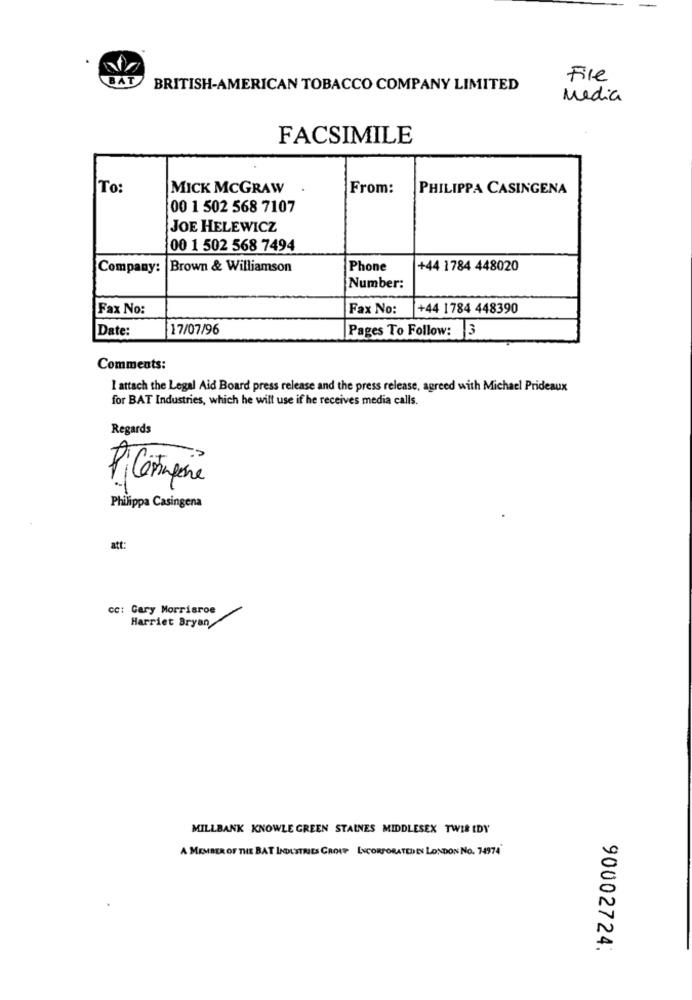
BAT
File
BRITISH-AMERICAN TOBACCO COMPANY LIMITED
Media
FACSIMILE
To:
MICK MCGRAW
From:
PHILIPPA CASINGENA
00 1 502 568 7107
JOE HELEWICZ
00 1 502 568 7494
Company:
Brown & Williamson
Phone
+44 1784 448020
Number:
Fax No:
Fax No:
+44 1784 448390
Date:
17/07/96
Pages To Follow: 3
Comments:
I attach the Legal Aid Board press release and the press release, agreed with Michael Prideaux
for BAT Industries, which he will use if he receives media calls.
Regards
Philippa Casingena
att:
cc: Gary Morrisroe
Harriet Bryan
MILLBANK KNOWLE GREEN STAINES MIDDLESEX TWIR IDY
A MEMBER OF THE BAT INDUSTRIES GROUP INCORPORATED IN LONDON NO. 74974'
90002724: